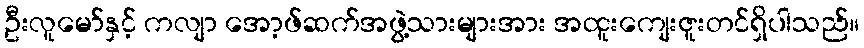
ဦးလူမော်နှင့် ကလျာ အော့ဖ်ဆက်အဖွဲ့သားများအား အထူးကျေးဇူးတင်ရှိပါသည်။